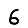
Digit: 6